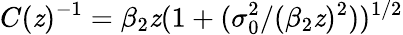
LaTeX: C(\mathit{z})^{-1}=\beta_{2}\mathit{z}(1+(\sigma_{0}^{2}/(\beta_{2}\mathit{z})^{2}))^{1/2}